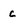
Character: c